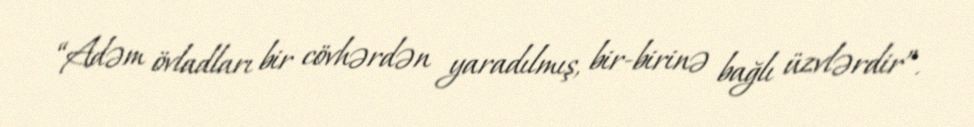
“Adəm övladları bir cövhərdən yaradılmış, bir-birinə bağlı üzvlərdir”.